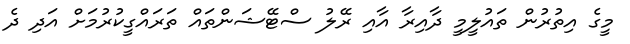
މީގެ އިތުރުން ތައުލީމީ ދާއިރާ އާއި ރޭލު ސްޓޭޝަންތައް ތަރައްގީކުރުމަށް އަދި ދެ